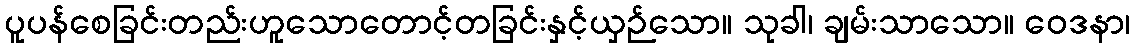
ပူပန်စေခြင်းတည်းဟူသောတောင့်တခြင်းနှင့်ယှဉ်သော။ သုခါ၊ ချမ်းသာသော။ ဝေဒနာ၊